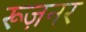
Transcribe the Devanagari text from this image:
रूज़नर